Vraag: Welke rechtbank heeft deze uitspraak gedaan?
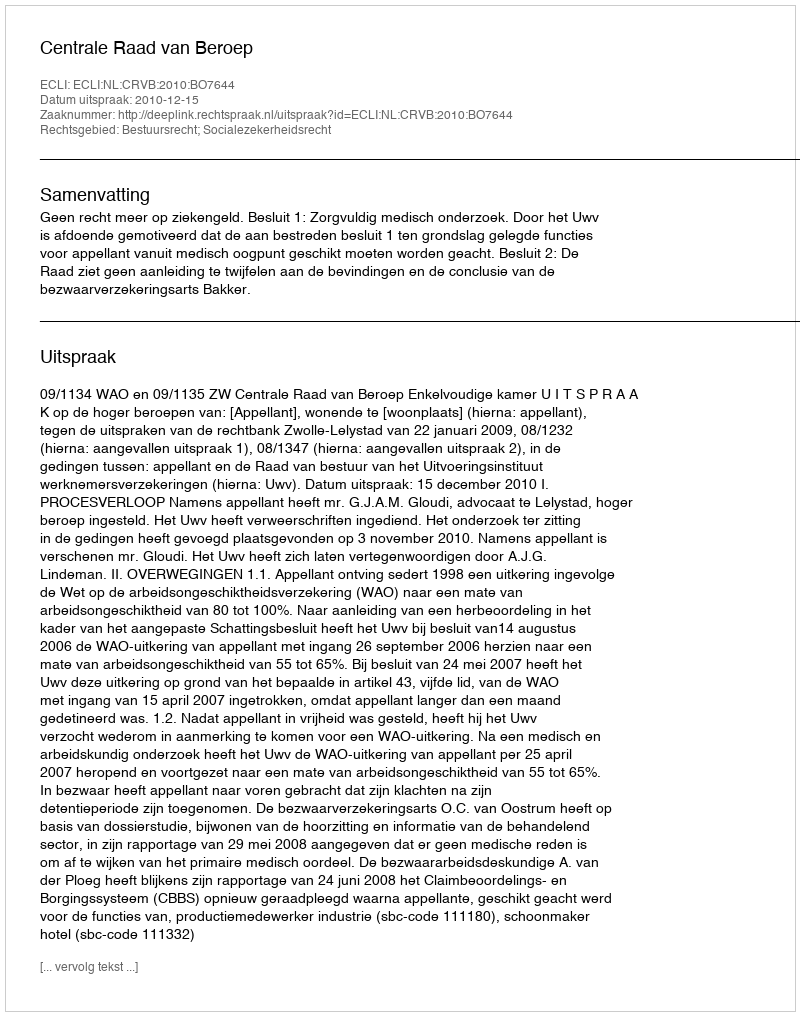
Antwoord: Centrale Raad van Beroep